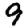
Digit: 9